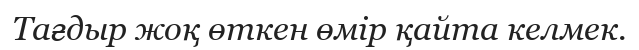
Тағдыр жоқ өткен өмір қайта келмек.